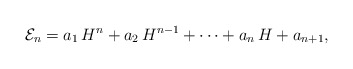
\begin{align*}{\cal E}_{n}=a_{1}\,H^{n}+a_{2}\,H^{n-1}+\cdots+a_{n}\,H+a_{n+1},\end{align*}